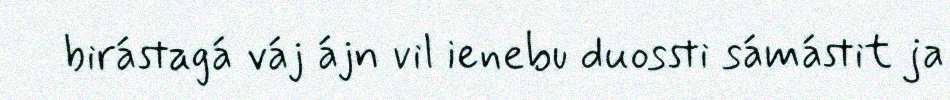
birástagá váj ájn vil ienebu duossti sámástit ja